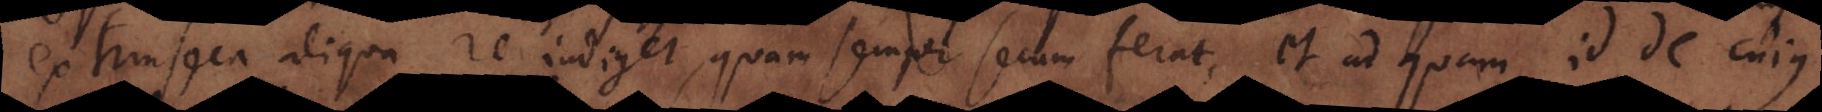
extrinseca aliqua re indiget, quam semper secum ferat, et ad quam id de cujus